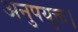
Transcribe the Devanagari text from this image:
अनुपयुक्त।